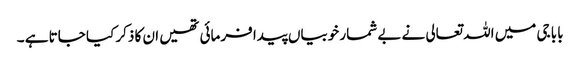
بابا جی میں اللہ تعالی نے بے شمار خوبیاں پیدا فرمائی تھیں ان کا ذکر کیا جاتا ہے ۔